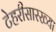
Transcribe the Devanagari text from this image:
टेहरीसारख्या